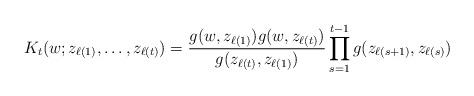
LaTeX: \begin{align*}K_{t}(w; z_{\ell(1)}, \ldots , z_{\ell(t)})=\frac{g(w, z_{\ell(1)})g(w, z_{\ell(t)})}{g(z_{\ell(t)}, z_{\ell(1)})}\prod_{s=1}^{t-1}g(z_{\ell(s+1)}, z_{\ell(s)}) \end{align*}